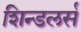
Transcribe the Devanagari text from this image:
शिन्डलर्स